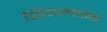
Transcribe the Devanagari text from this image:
शिवगणोंने